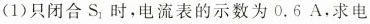
(1)只闭合S_{1}时，电流表的示数为0.6A.求电